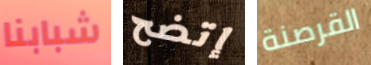
شبابنا إتضح القرصنة